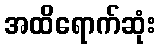
အထိရောက်ဆုံး